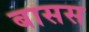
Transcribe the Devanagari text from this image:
बासस